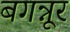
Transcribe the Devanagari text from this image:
बगन्नूर